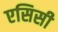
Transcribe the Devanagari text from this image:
एसिसी